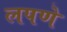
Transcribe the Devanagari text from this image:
लपणे